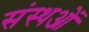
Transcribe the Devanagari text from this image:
संस्थओं